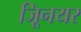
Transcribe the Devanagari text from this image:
जूिनयर